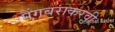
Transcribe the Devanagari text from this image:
पैंगबराकरवी